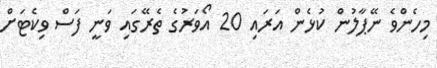
މިހެންވެ ނޭޕާލުން ކުޅެން އަރައި 20 އޯވަރުގެ ތެރޭގައި ވަނީ ފަސް ވިކެޓަށް